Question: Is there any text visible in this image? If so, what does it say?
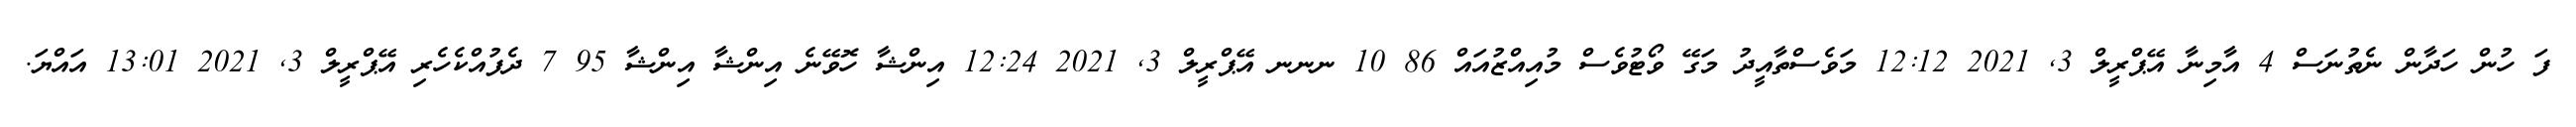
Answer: ފަ ހުން ހަދާން ނެތުނަސް 4 އާމިނާ އޭޕްރީލް 3, 2021 12:12 މަވެސްތާއީދު މަގޭ ވޯޓުވެސް މުއިއްޒުއައް 86 10 ނނނ އޭޕްރީލް 3, 2021 12:24 އިންޝާ ހޮވޭނެ އިންޝާ އިންޝާ 95 7 ދެފުއްކެހެރި އޭޕްރީލް 3, 2021 13:01 އައްޔަ.